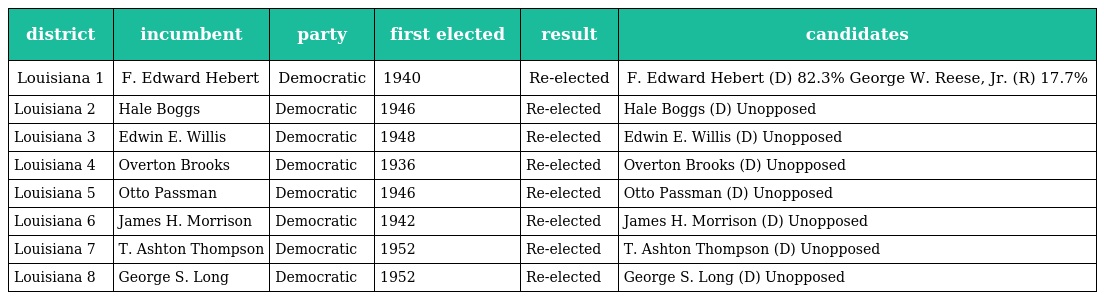
| district | incumbent | party | first elected | result | candidates |
 | --- | --- | --- | --- | --- | --- |
 | Louisiana 1 | F. Edward Hebert | Democratic | 1940 | Re-elected | F. Edward Hebert (D) 82.3% George W. Reese, Jr. (R) 17.7% |
 | Louisiana 2 | Hale Boggs | Democratic | 1946 | Re-elected | Hale Boggs (D) Unopposed |
 | Louisiana 3 | Edwin E. Willis | Democratic | 1948 | Re-elected | Edwin E. Willis (D) Unopposed |
 | Louisiana 4 | Overton Brooks | Democratic | 1936 | Re-elected | Overton Brooks (D) Unopposed |
 | Louisiana 5 | Otto Passman | Democratic | 1946 | Re-elected | Otto Passman (D) Unopposed |
 | Louisiana 6 | James H. Morrison | Democratic | 1942 | Re-elected | James H. Morrison (D) Unopposed |
 | Louisiana 7 | T. Ashton Thompson | Democratic | 1952 | Re-elected | T. Ashton Thompson (D) Unopposed |
 | Louisiana 8 | George S. Long | Democratic | 1952 | Re-elected | George S. Long (D) Unopposed |